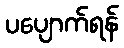
ပပျောက်ရန်